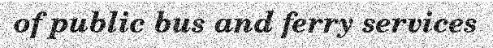
of public bus and ferry services